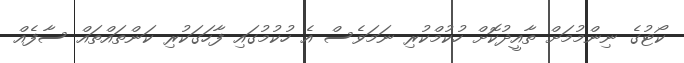
ކޯޓުގެ ނިންމުމަށް ތާއީދުކޮށް ހުކުމްކުރި ނަމަވެސް އެ ހުކުމުގައި ފާހަގަކުރި ކަންތައްތައް ސާފެއް